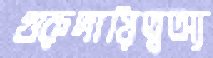
গুরুদায়িত্বঅ্য